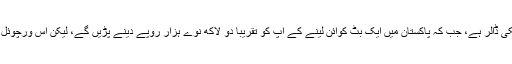
تادم تحریر ایک ’’بِٹ کوائن‘‘ کی مالیت 2745 امریکی ڈالر ہے، جب کہ پاکستان میں ایک بِٹ کوائن لینے کے آپ کو تقریباً دو لاکھ نوے ہزار روپے دینے پڑیں گے، لیکن اس ورچوئل کرنسی کی قیمت نیچے بھی بہت تیزی سے آتی ہے۔